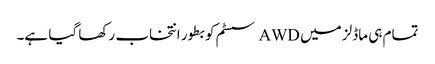
تمام ہی ماڈلز میں AWD سسٹم کو بطور انتخاب رکھا گیا ہے۔